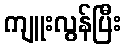
ကျူးလွန်ပြီး